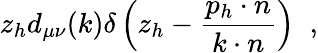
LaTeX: z_{h}d_{\mu\nu}(k)\delta\left(z_{h}-\frac{p_{h}\cdot n}{k\cdot n}\right)\; \; ,